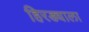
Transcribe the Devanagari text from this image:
हिरड्याला